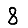
Digit: 8